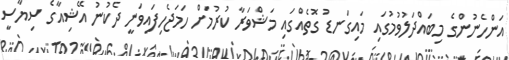
އަންހެނުންގެ މިބައްދަލުވުމުގައި މައިގަނޑު ގޮތެއްގައި މަޝްވަރާ ކުރުމަށް ހަމަޖެހިފައިވަނީ ދެކުނު އޭޝިއާގެ ސިޔާސީ